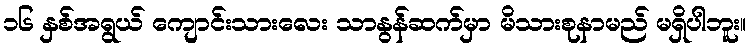
၁၆ နှစ်အရွယ် ကျောင်းသားလေး သာနွန်ဆက်မှာ မိသားစုနာမည် မရှိပါဘူး။